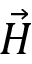
\vec { H }